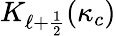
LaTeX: K_{\ell+\frac{1}{2}}(\kappa_{c})